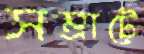
সম্রাটে